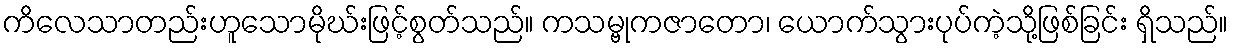
ကိလေသာတည်းဟူသောမိုဃ်းဖြင့်စွတ်သည်။ ကသမ္ဗုကဇာတော၊ ယောက်သွားပုပ်ကဲ့သို့ဖြစ်ခြင်း ရှိသည်။